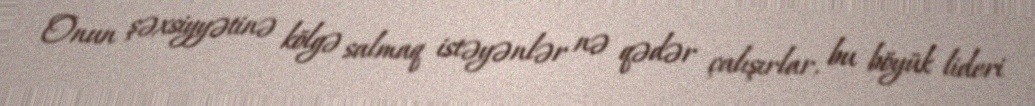
Onun şəxsiyyətinə kölgə salmaq istəyənlər nə qədər çalışırlar, bu böyük lideri